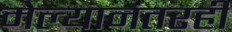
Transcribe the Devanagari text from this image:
मेल्यानंतरही